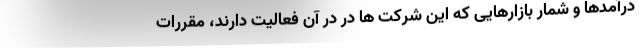
درآمدها و شمار بازارهایی که این شرکت ها در در آن فعالیت دارند، مقررات